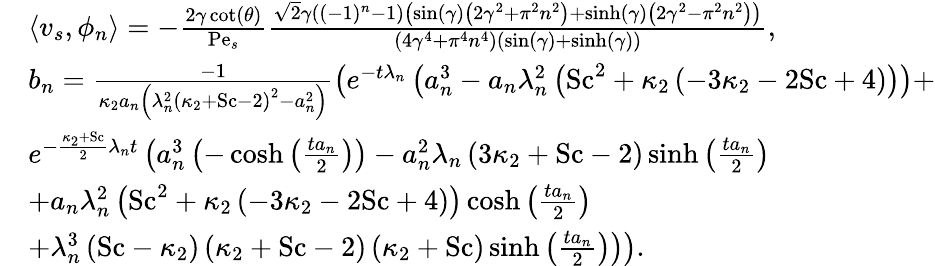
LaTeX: \begin{array}{rl}&{\left\langle v_{s},\phi_{n}\right\rangle=-\frac{2\gamma\cot(\theta)}{\mathrm{Pe}_{s}}\frac{\sqrt{2}\gamma\left((-1)^{n}-1\right)\left(\sin(\gamma)\left(2\gamma^{2}+\pi^{2}n^{2}\right)+\sinh(\gamma)\left(2\gamma^{2}-\pi^{2}n^{2}\right)\right)}{\left(4\gamma^{4}+\pi^{4}n^{4}\right)(\sin(\gamma)+\sinh(\gamma))},}\\ &{b_{n}=\frac{-1}{\kappa_{2}a_{n}\left(\lambda_{n}^{2}\left(\kappa_{2}+\mathrm{Sc}-2\right)^{2}-a_{n}^{2}\right)}\left(e^{-t\lambda_{n}}\left(a_{n}^{3}-a_{n}\lambda_{n}^{2}\left(\mathrm{Sc}^{2}+\kappa_{2}\left(-3\kappa_{2}-2\mathrm{Sc}+4\right)\right)\right)+\right.}\\ &{e^{-\frac{\kappa_{2}+\mathrm{Sc}}{2}\lambda_{n}t}\left(a_{n}^{3}\left(-\cosh\left(\frac{ta_{n}}{2}\right)\right)-a_{n}^{2}\lambda_{n}\left(3\kappa_{2}+\mathrm{Sc}-2\right)\sinh\left(\frac{ta_{n}}{2}\right)\right.}\\ &{+a_{n}\lambda_{n}^{2}\left(\mathrm{Sc}^{2}+\kappa_{2}\left(-3\kappa_{2}-2\mathrm{Sc}+4\right)\right)\cosh\left(\frac{ta_{n}}{2}\right)}\\ &{\left.\left.+\lambda_{n}^{3}\left(\mathrm{Sc}-\kappa_{2}\right)\left(\kappa_{2}+\mathrm{Sc}-2\right)\left(\kappa_{2}+\mathrm{Sc}\right)\sinh\left(\frac{ta_{n}}{2}\right)\right)\right).}\end{array}